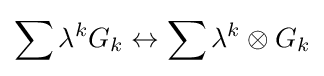
\sum \lambda ^{k}G_{k}\leftrightarrow \sum \lambda ^{k}\otimes G_{k}